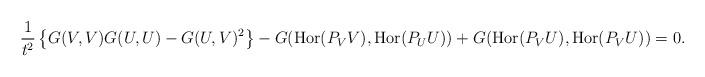
LaTeX: \begin{align*} \frac{1}{t^2}\left\{G(V,V)G(U,U) - G(U,V)^2\right\}- G(\mbox{Hor}(P_VV),\mbox{Hor}(P_UU)) +G(\mbox{Hor}(P_VU),\mbox{Hor}(P_VU)) = 0.\end{align*}